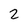
Character: 2